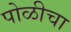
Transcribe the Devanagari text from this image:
पोळीचा